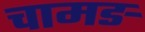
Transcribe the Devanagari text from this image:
चामङ